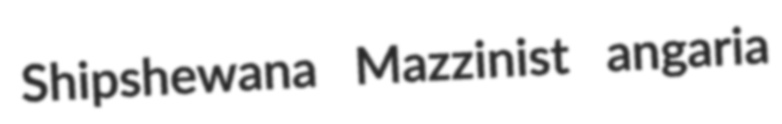
Shipshewana Mazzinist angaria